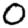
Digit: 0